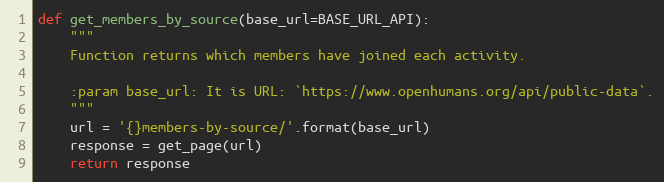
Language: Python
def get_members_by_source(base_url=BASE_URL_API):
    """
    Function returns which members have joined each activity.

    :param base_url: It is URL: `https://www.openhumans.org/api/public-data`.
    """
    url = '{}members-by-source/'.format(base_url)
    response = get_page(url)
    return response